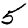
Digit: 5